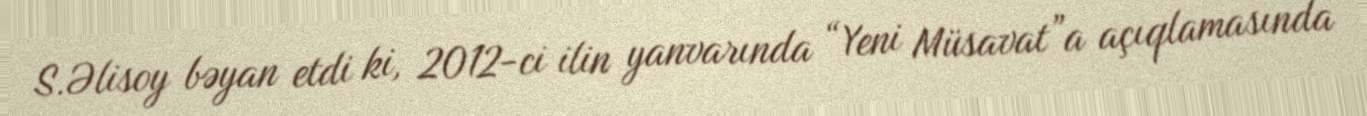
S.Əlisoy bəyan etdi ki, 2012-ci ilin yanvarında “Yeni Müsavat”a açıqlamasında